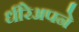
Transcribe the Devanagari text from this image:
धीरेअपने